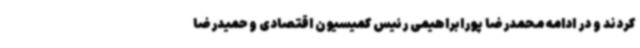
کردند و در ادامه محمدرضا پورابراهیمی رئیس کمیسیون اقتصادی و حمیدرضا